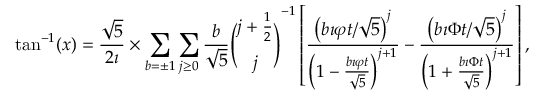
\tan ^ { - 1 } ( x ) = { \frac { \sqrt { 5 } } { 2 \imath } } \times \sum _ { b = \pm 1 } \sum _ { j \geq 0 } { \frac { b } { \sqrt { 5 } } } { \binom { j + { \frac { 1 } { 2 } } } { j } } ^ { - 1 } \left[ { \frac { \left( b \imath \varphi t / { \sqrt { 5 } } \right) ^ { j } } { \left( 1 - { \frac { b \imath \varphi t } { \sqrt { 5 } } } \right) ^ { j + 1 } } } - { \frac { \left( b \imath \Phi t / { \sqrt { 5 } } \right) ^ { j } } { \left( 1 + { \frac { b \imath \Phi t } { \sqrt { 5 } } } \right) ^ { j + 1 } } } \right] ,